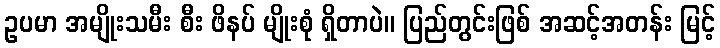
ဥပမာ အမျိုးသမီး စီး ဖိနပ် မျိုးစုံ ရှိတာပဲ။ ပြည်တွင်းဖြစ် အဆင့်အတန်း မြင့်